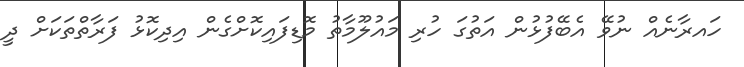
ހައރާނެއް ނުވޭ އެބޭފުޅުން އަތުގަ ހުރި މައުލޫމާތު މޮޑިފައިކޮށްގެން އިދިކޮޅު ފަރާތްތަކަށް ދީ